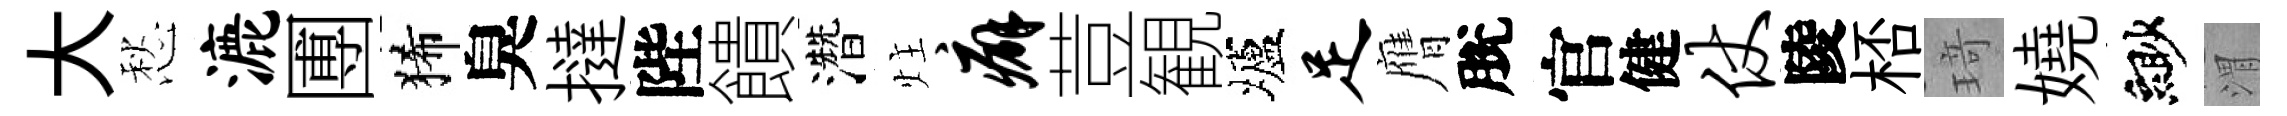
大愁漉圑狶臭撻陛饋濳炷癖荳観壚足膺脫官健仗陵桮𤦺嬈緲渭